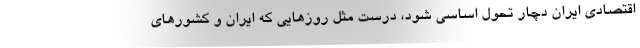
اقتصادی ایران دچار تحول اساسی شود، درست مثل روزهایی که ایران و کشورهای